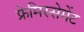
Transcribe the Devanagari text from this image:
फ्रेमिस्सेमेंट